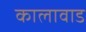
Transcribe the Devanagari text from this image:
कालावाड